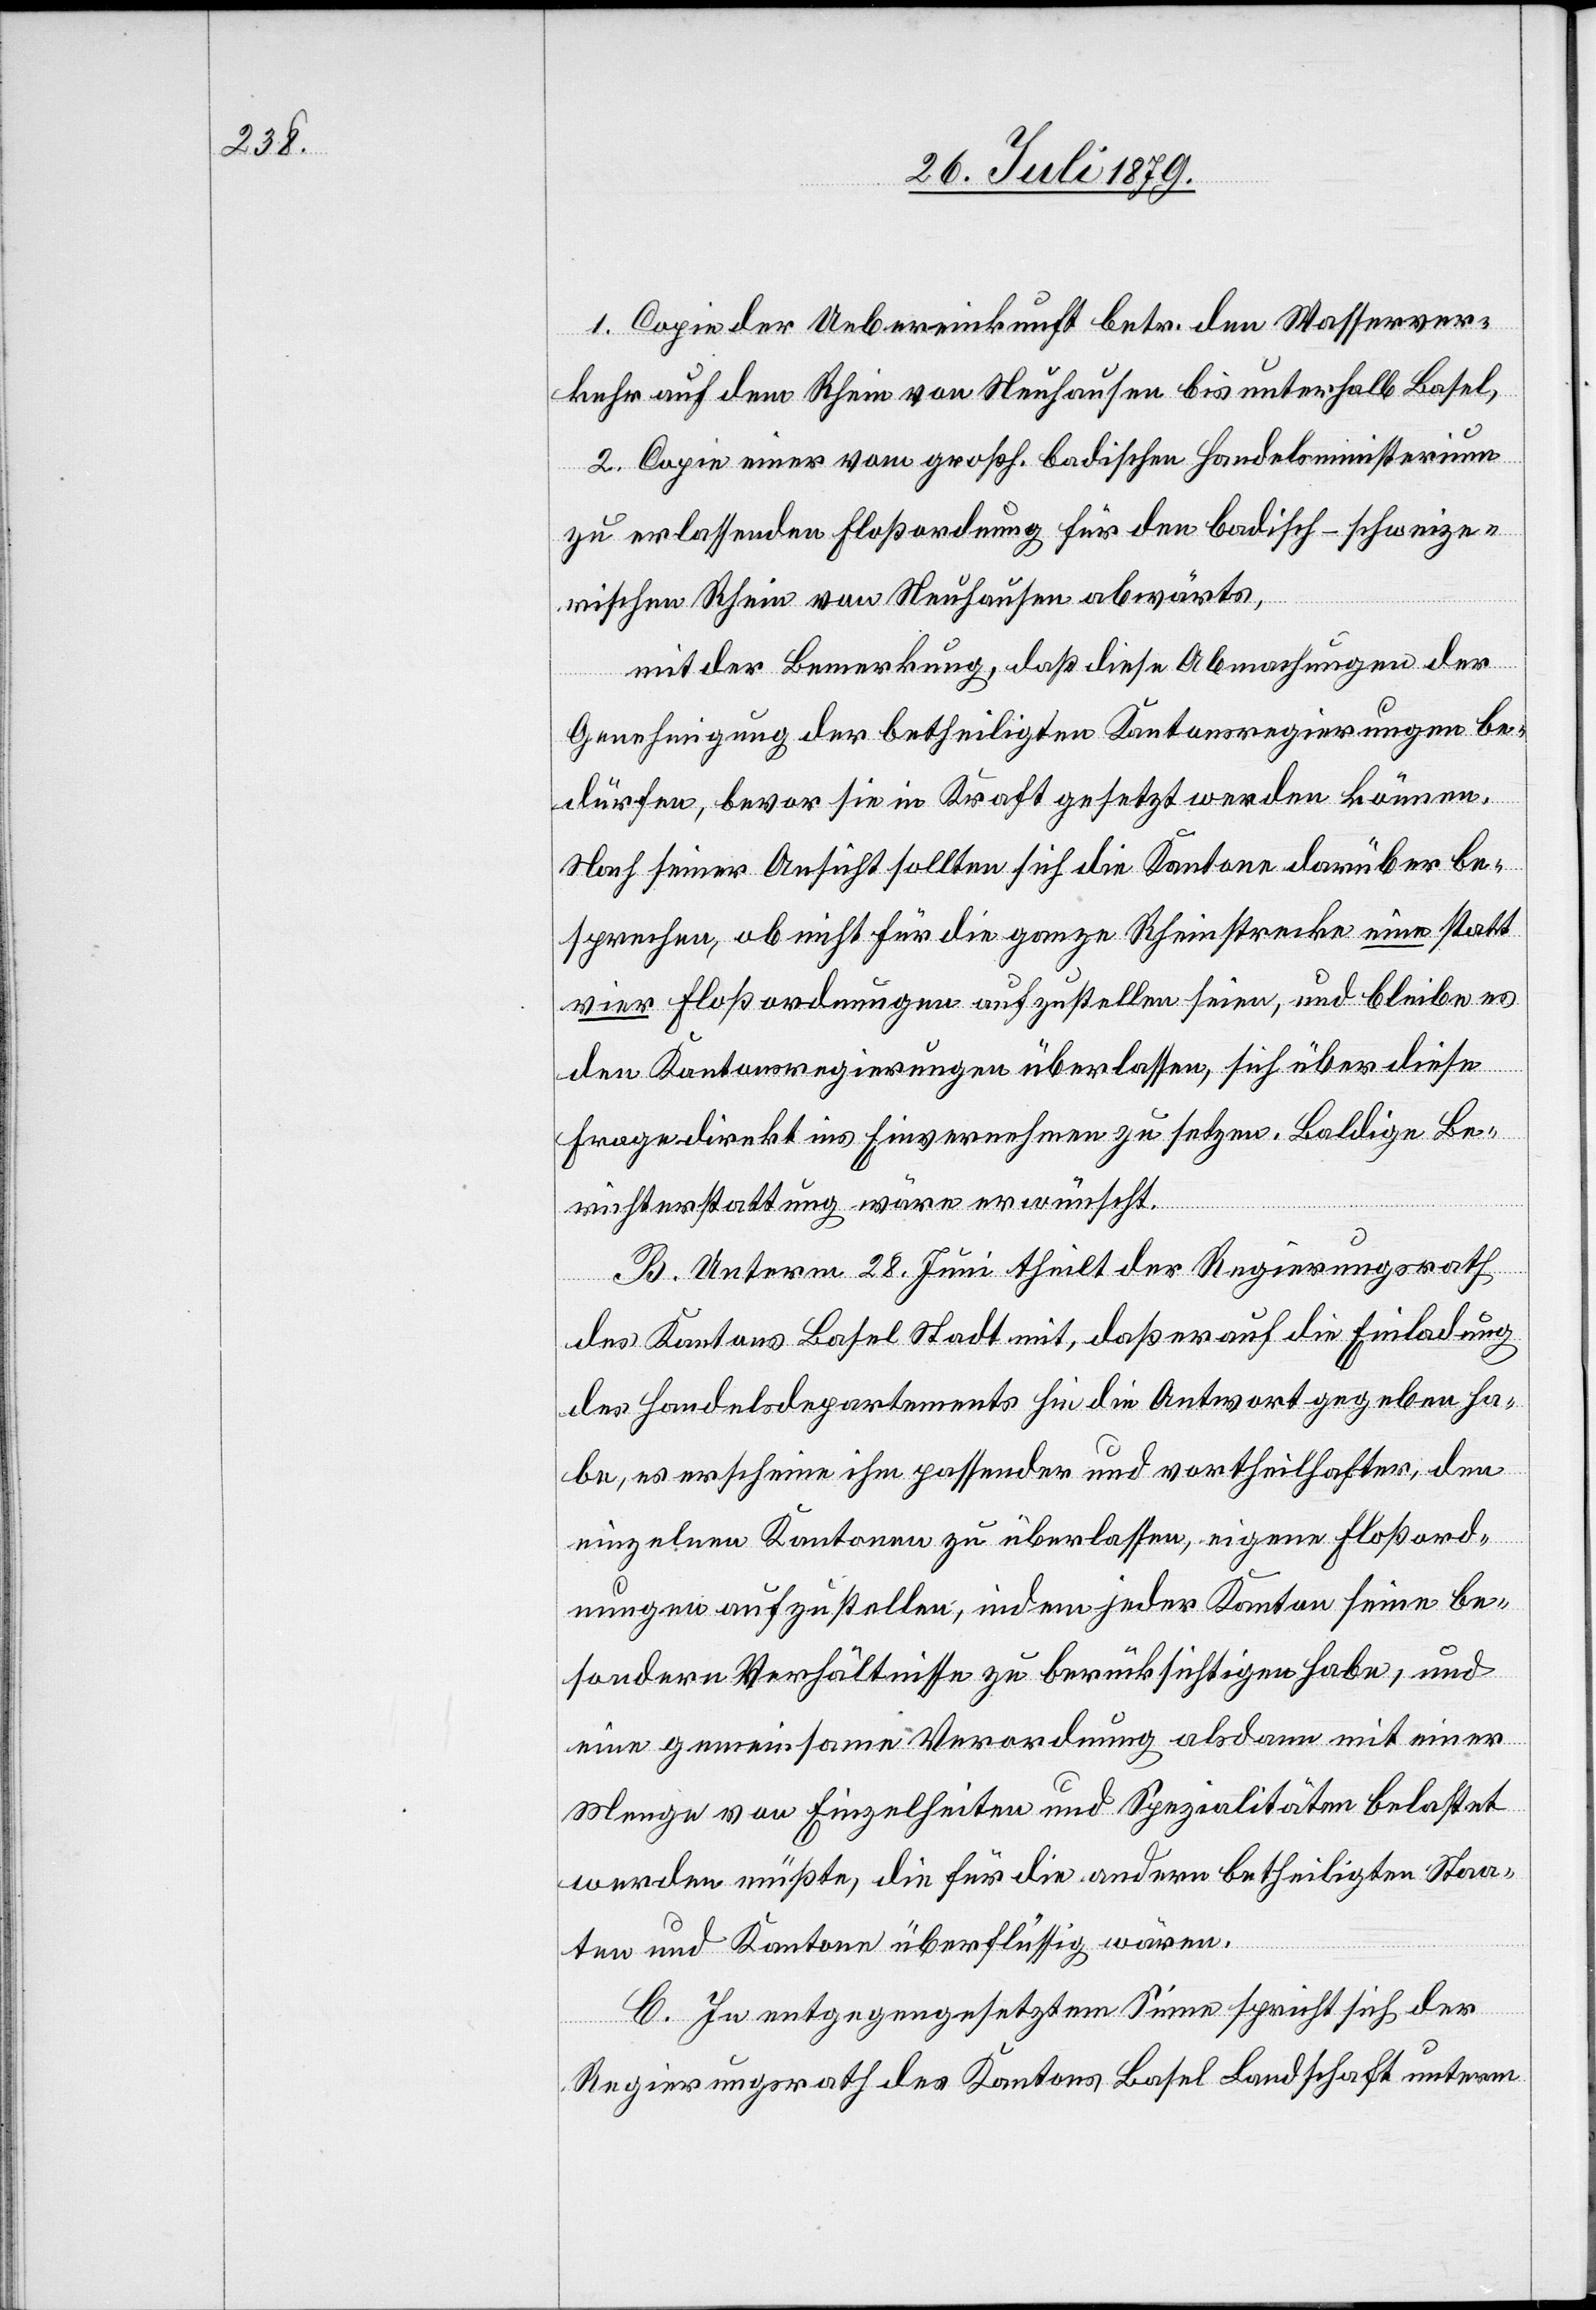
1. Copie der Uebereinkunft betr. den Wasserver¬
kehr auf dem Rhein von Neuhausen bis unterhalb Basel,
2. Copie einer vom großh. badischen Handelsministerium
zu erlassenden Floßordnung für den badisch-schweize¬
rischen Rhein von Neuhausen abwärts,
mit der Bemerkung, daß diese Abmachungen der
Genehmigung der betheiligten Kantonsregierungen be¬
dürfen, bevor sie in Kraft gesetzt werden können.
Nach seiner Ansicht sollten sich die Kantone darüber be¬
sprechen, ob nicht für die ganze Rheinstrecke eine statt
vier Floßordnungen aufzustellen seien, und bleibe es
den Kantonsregierungen überlassen, sich über diese
Frage direkt ins Einvernehmen zu setzen. Baldige Be¬
richterstattung wäre erwünscht.
B. Unterm 28. Juni theilt der Regierungsrath
des Kantons Basel Stadt mit, daß er auf die Einladung
des Handelsdepartements hin die Antwort gegeben ha¬
be, es erscheine ihm passender und vortheilhafter, den
einzelnen Kantonen zu überlassen, eigene Floßord¬
nungen aufzustellen, indem jeder Kanton seine be¬
sondern Verhältnisse zu berücksichtigen habe, und
eine gemeinsame Verordnung alsdann mit einer
Menge von Einzelheiten und Spezialitäten belastet
werden müßte, die für die andern betheiligten Staa¬
ten und Kantone überflüssig wären.
C. In entgegengesetztem Sinne spricht sich der
Regierungsrath des Kantons Basel Landschaft unterm